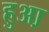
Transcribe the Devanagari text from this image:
हुआ़